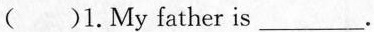
( )1.My father is___.